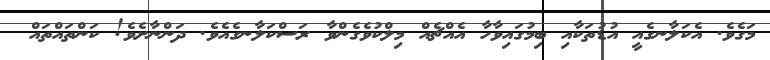
މަގެވެ. އެކަލާނގެއީ އުޑުތަކާއި ބިމުގައިވާހާ އެއްޗެއް މިލްކުވެގެންވާ ރަސްކަލާނގެއެވެ. ދަންނާށެވެ! ކަންތައްތައް